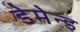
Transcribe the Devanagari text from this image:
डेमेन्ड